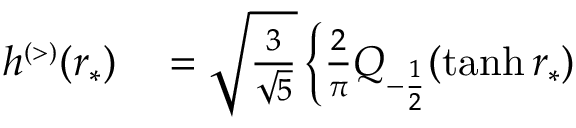
\begin{array} { r l } { h ^ { \scriptscriptstyle ( > ) } ( r _ { * } ) } & { { } = \sqrt { \frac { 3 } { \sqrt { 5 } } } \left\{ \frac { 2 } { \pi } Q _ { - \frac { 1 } { 2 } } ( \operatorname { t a n h } r _ { * } ) \right. } \end{array}